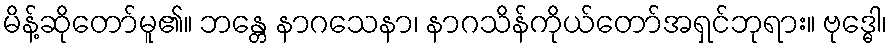
မိန့်ဆိုတော်မူ၏။ ဘန္တေ နာဂသေနာ၊ နာဂသိန်ကိုယ်တော်အရှင်ဘုရား။ ဗုဒ္ဓေါ၊